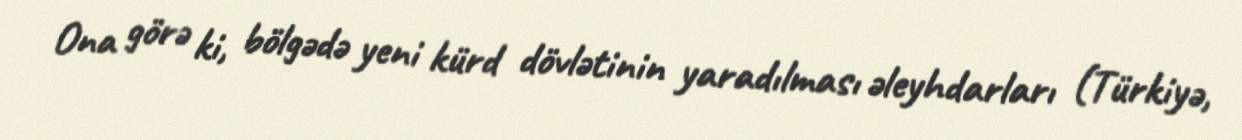
Ona görə ki, bölgədə yeni kürd dövlətinin yaradılması əleyhdarları (Türkiyə,